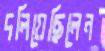
দলিয়েছিলেন